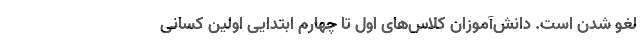
لغو شدن است. دانش‌آموزان کلاس‌های اول تا چهارم ابتدایی اولین کسانی